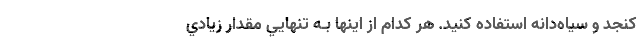
كنجد و سياه‌دانه استفاده كنيد. هر كدام از اينها بـه تنهايي مقدار زيادي